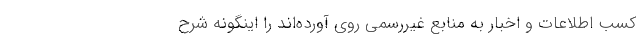
کسب اطلاعات و اخبار به منابع غیررسمی روی آورده‌اند را اینگونه شرح